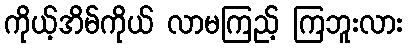
ကိုယ့်အိမ်ကိုယ် လာမကြည့် ကြဘူးလား